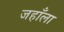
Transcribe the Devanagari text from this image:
जहाँला